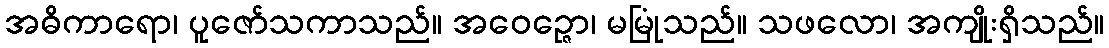
အဓိကာရော၊ ပူဇော်သကာသည်။ အဝေဉ္ဇော၊ မမြုံသည်။ သဖလော၊ အကျိုးရှိသည်။